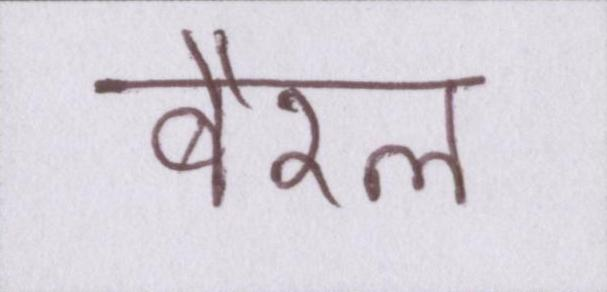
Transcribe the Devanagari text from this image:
बैरल